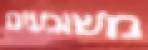
משוגעים